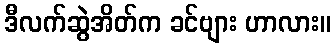
ဒီလက်ဆွဲအိတ်က ခင်ဗျား ဟာလား။